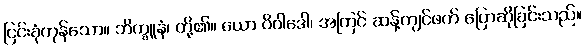
ငြင်းခုံကုန်သော။ ဘိက္ခူနံ၊ တို့၏။ ယော ဝိဝါဒေါ၊ အကြင် ဆန့်ကျင်ဖက် ပြောဆိုခြင်းသည်။